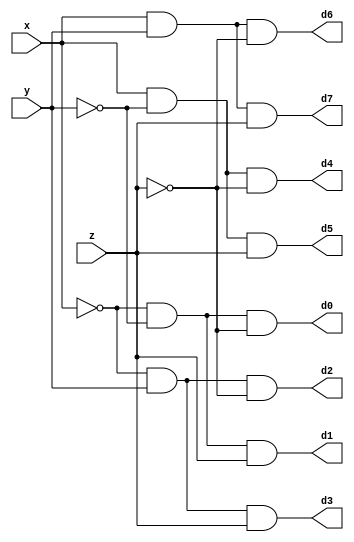
module DECODER(d0,d1,d2,d3,d4,d5,d6,d7,x,y,z);	
	input x,y,z;
	output d0,d1,d2,d3,d4,d5,d6,d7;
	wire x0,y0,z0;
	not n1(x0,x);
	not n2(y0,y);
	not n3(z0,z);
	and a0(d0,x0,y0,z0);
	and a1(d1,x0,y0,z);
	and a2(d2,x0,y,z0);
	and a3(d3,x0,y,z);
	and a4(d4,x,y0,z0);
	and a5(d5,x,y0,z);
	and a6(d6,x,y,z0);
	and a7(d7,x,y,z);
endmodule

module FADDER(s,c,x,y,z);
	input x,y,z;
	wire d0,d1,d2,d3,d4,d5,d6,d7;
	output s,c;
	DECODER dec(d0,d1,d2,d3,d4,d5,d6,d7,x,y,z);
	assign s = d1 | d2 | d4 | d7,
		  c = d3 | d5 | d6 | d7;
endmodule

module eight_bitadder(a,b,z,o,c);
	input[7:0] a,b;
	input z;
	output[7:0] o;
	output c;
	wire[8:0] carry;
	wire[7:0] sum;
	assign carry[0] = z;
	FADDER f0(sum[0],carry[1],a[0],b[0],carry[0]);
	genvar i;
	generate
	for(i=1;i<8;i=i+1) begin
		FADDER f(sum[i],carry[i+1],a[i],b[i],carry[i]);
	end
	endgenerate
	assign o=sum;
	assign c=carry[8];
endmodule

module byte_adder(a,b,z,o,c);
	input[31:0] a,b;
	input z;
	output[31:0] o;
	output c;
	wire[4:0] carry;
	assign carry[0] = z;
	eight_bitadder a1(a[31:24],b[31:24],carry[0],o[31:24],carry[1]);
	eight_bitadder a2(a[23:16],b[23:16],carry[1],o[23:16],carry[2]);
	eight_bitadder a3(a[15:8],b[15:8],carry[2],o[15:8],carry[3]);
	eight_bitadder a4(a[7:0],b[7:0],carry[3],o[7:0],carry[4]);
	assign c = carry[4];
endmodule
		
module testbench;
	reg[31:0] a,b;
	wire[31:0] out;
	wire c;
	byte_adder b1(a,b,1'b0,out,c);
	initial
		begin
			$monitor($time," a=%32b b=%32b out=%32b c=%1b",a,b,out,c);
			#0 a=32'b00000000000000000000000000000000;b=32'b00010001000100010001000100010001;
			#100	 a=32'b11110000000000000000000000000000;b=32'b00100010001000100010001000100010;
			#200 $finish;
		end
endmodule